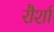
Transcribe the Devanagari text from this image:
रौर्शा